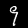
Digit: 9